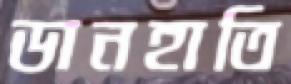
ডানহাতি